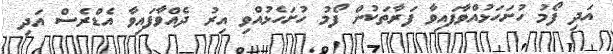
އަދި ފޯމު ހުށަހަޅުއްވާފައިވާ ފަރާތަކުން ފޯމު ހުށަހެޅުއްވި އިރު ދެއްވާފައިވާ އެޑްރެސް އަދި